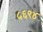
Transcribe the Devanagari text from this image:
५६९४